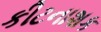
કીટનાશક